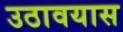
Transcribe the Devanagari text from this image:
उठावयास